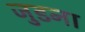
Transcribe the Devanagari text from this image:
जुडना